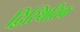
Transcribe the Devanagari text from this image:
द्विस्थितिक